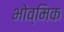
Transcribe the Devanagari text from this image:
भोव्मिक